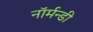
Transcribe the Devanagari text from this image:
नॉर्मन्डी